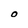
Character: O